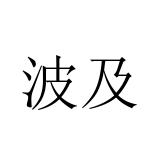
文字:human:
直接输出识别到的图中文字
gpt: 波及